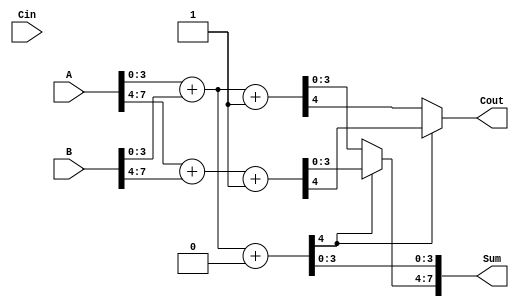
module CCSA_8bit (
    input  [7:0] A,      // First operand
    input  [7:0] B,      // Second operand
    input        Cin,     // Carry-in
    output [7:0] Sum,     // Sum output
    output       Cout      // Carry-out
);

    // Internal signals for partial sums and carries
    wire [3:0] Sum0_0, Sum1_0, Sum0_1, Sum1_1;
    wire       Cout0_0, Cout1_0, Cout0_1, Cout1_1;
    wire       Carry0, Carry1;

    // First 4-bit segment
    // Calculate partial sums and carries for segment 0
    assign {Cout0_0, Sum0_0} = A[3:0] + B[3:0] + 1'b0; // C_in = 0
    assign {Cout1_0, Sum1_0} = A[3:0] + B[3:0] + 1'b1; // C_in = 1

    // Second 4-bit segment
    // Calculate partial sums and carries for segment 1
    assign {Cout0_1, Sum0_1} = A[7:4] + B[7:4] + 1'b0; // C_in = 0
    assign {Cout1_1, Sum1_1} = A[7:4] + B[7:4] + 1'b1; // C_in = 1

    // MUX for selecting the correct sum and carry for segment 1
    assign Carry0 = Cout0_0; // Carry-out from segment 0
    assign Carry1 = Cout1_0; // Carry-out from segment 0

    // Select the appropriate sum and carry based on the carry-out from segment 0
    assign Sum[3:0] = Sum0_0; // Always take the sum from segment 0
    assign Sum[7:4] = (Carry0) ? Sum1_1 : Sum1_0; // Select based on Carry0
    assign Cout = (Carry0) ? Cout1_1 : Cout1_0; // Select carry-out based on Carry0

endmodule